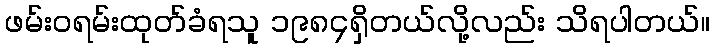
ဖမ်းဝရမ်းထုတ်ခံရသူ ၁၉၈၄ရှိတယ်လို့လည်း သိရပါတယ်။